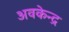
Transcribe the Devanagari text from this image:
अवकेन्द्र